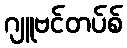
ဂျူဗင်တပ်စ်